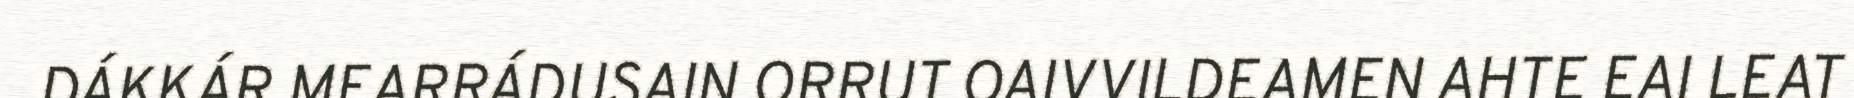
DÁKKÁR MEARRÁDUSAIN ORRUT OAIVVILDEAMEN AHTE EAI LEAT